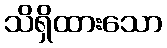
သိရှိထားသော